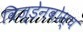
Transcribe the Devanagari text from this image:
विज्डेनबोस्च